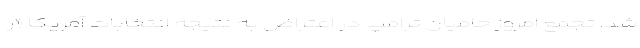
شد. تجمع امروز حامیان ترامپ در اعتراض به نتیجه انتخابات آمریکا «ر